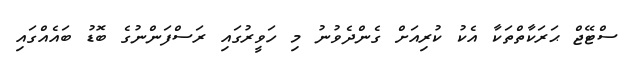
ސްޓޭޖް ޙަރަކާތްތަކާ އެކު ކުރިއަށް ގެންދެވުނު މި ހަވީރުގައި ރަސްފަންނުގެ ބޮޑު ބައެއްގައި